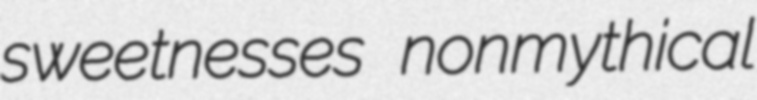
sweetnesses nonmythical